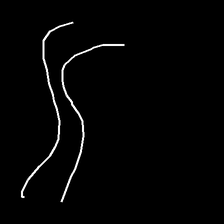
Glyph: float